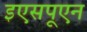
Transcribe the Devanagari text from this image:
इएसपूएन